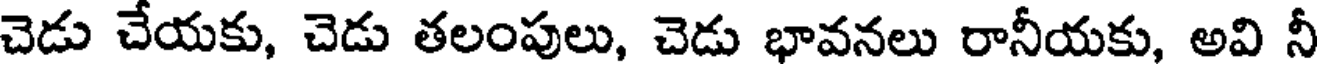
చెడు చేయకు, చెడు తలంపులు, చెడు భావనలు రానీయకు, అవి నీ